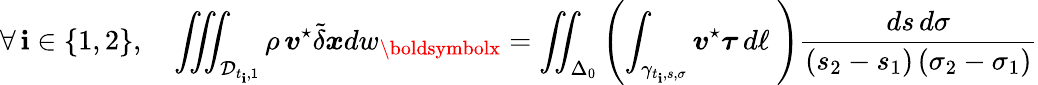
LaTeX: \forall\, \mathbf{i}\in\{ 1,2\} ,\quad\iiint_{{\mathcal{D}}_{t_{\mathbf{i}},1}}\rho\, \boldsymbol{v}^{\star}\tilde{{\delta}}\boldsymbol{x}dw_{\boldsymbolx}=\iint_{\Delta_{0}}\left(\int_{\gamma_{t_{\mathbf{i}},{s},{\sigma}}}\boldsymbol{v}^{\star}\boldsymbol{\tau}\, d\ell\ \right)\frac{{ds\, d\sigma}}{{(s_{2}-s_{1})\, (\sigma_{2}-\sigma_{1})}}